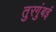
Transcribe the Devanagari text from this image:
तुरगुंबई